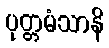
ပုတ္တမံသာနိ